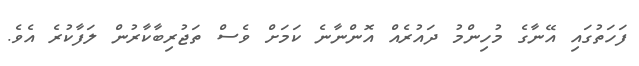
ފަހަތުގައި އޭނާގެ މުހިންމު ދައުރެއް އޮންނާނެ ކަމަށް ވެސް ތަޖުރިބާކާރުން ލަފާކުރެ އެވެ.